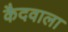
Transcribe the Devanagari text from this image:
कैदवाला